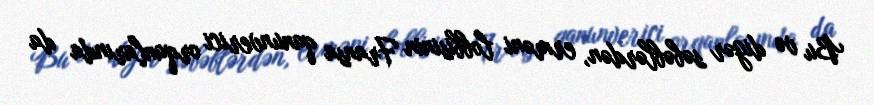
Bu və digər səbəblərdən, erməni lobbisinin Fransa qanunverici orqanlarında da